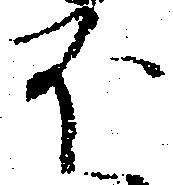
ほ